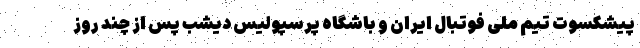
پیشکسوت تیم ملی فوتبال ایران و باشگاه پرسپولیس دیشب پس از چند روز